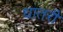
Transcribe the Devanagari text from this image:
धातरी